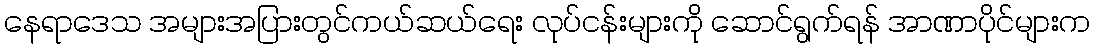
နေရာဒေသ အများအပြားတွင်ကယ်ဆယ်ရေး လုပ်ငန်းများကို ဆောင်ရွက်ရန် အာဏာပိုင်များက